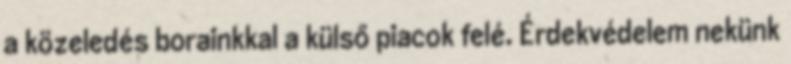
a közeledés borainkkal a külső piacok felé. Érdekvédelem nekünk